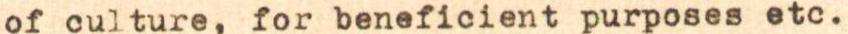
of culture, for beneficient purposes etc.